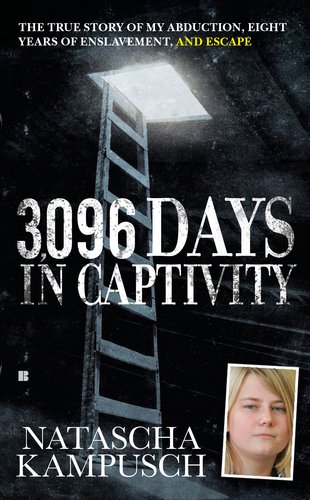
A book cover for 3,096 Days in Captivity: The True Story of My Abduction, Eight Years of Enslavement, and Escape; Natascha Kampusch; Biographies & Memoirs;